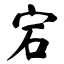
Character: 宕